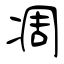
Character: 凋